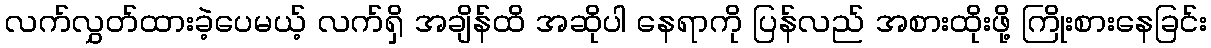
လက်လွှတ်ထားခဲ့ပေမယ့် လက်ရှိ အချိန်ထိ အဆိုပါ နေရာကို ပြန်လည် အစားထိုးဖို့ ကြိုးစားနေခြင်း